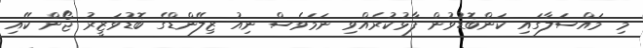
މި މައްސަލާގައި ކަންބޮޑުވުން ފާޅުކުރެއްވި ނަމަވެސް ނިއު ޒިލޭންޑްގެ ބޮޑުވަޒީރު ޖޯން ކޭއި